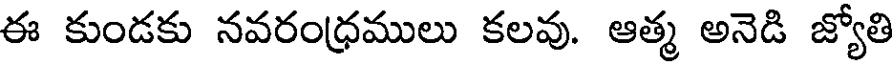
ఈ కుండకు నవరంధ్రములు కలవు. ఆత్మ అనెడి జ్యోతి